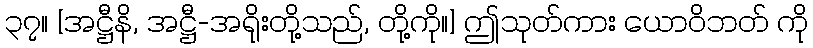
၃၇။ [အဋ္ဌီနိ, အဋ္ဌီ-အရိုးတို့သည်, တို့ကို။] ဤသုတ်ကား ယောဝိဘတ် ကို